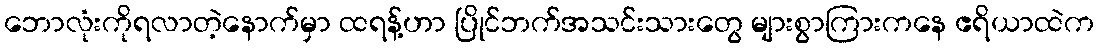
ဘောလုံးကိုရလာတဲ့နောက်မှာ ထရန့်ဟာ ပြိုင်ဘက်အသင်းသားတွေ များစွာကြားကနေ ဧရိယာထဲက